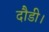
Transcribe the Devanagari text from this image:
दौडी।